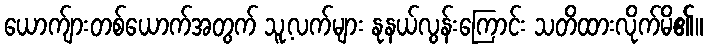
ယောက်ျားတစ်ယောက်အတွက် သူ့လက်များ နုနယ်လွန်းကြောင်း သတိထားလိုက်မိ၏။